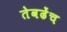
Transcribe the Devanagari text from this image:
तेवढेंच